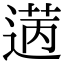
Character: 𫈡